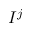
I ^ { j }